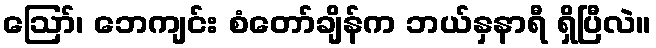
ဪ၊ ဘေကျင်း စံတော်ချိန်က ဘယ်နှနာရီ ရှိပြီလဲ။